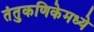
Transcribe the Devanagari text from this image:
तंतुकणिकेमध्ये